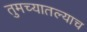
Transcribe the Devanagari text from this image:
तुमच्यातल्याच